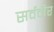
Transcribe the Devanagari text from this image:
सर्ववीर